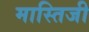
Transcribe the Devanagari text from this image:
मास्तिजी